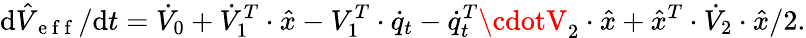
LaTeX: \mathrm{d}\hat{{V}}_{\mathrm{{~e~f~f~}}}/\mathrm{d}t=\dot{{V}}_{0}+\dot{{V}}_{1}^{T}\cdot\hat{{x}}-V_{1}^{T}\cdot\dot{{q}}_{t}-\dot{{q}}_{t}^{T}\cdotV_{2}\cdot\hat{{x}}+\hat{{x}}^{T}\cdot\dot{{V}}_{2}\cdot\hat{{x}}/2.